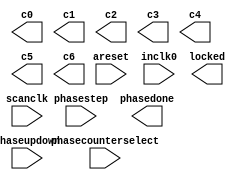
// megafunction wizard: %ALTPLL%VBB%
// GENERATION: STANDARD
// VERSION: WM1.0
// MODULE: altpll 

// ============================================================
// Megafunction Name(s):
// 			altpll
//
// Simulation Library Files(s):
// 			altera_mf
// ============================================================
// ************************************************************
// THIS IS A WIZARD-GENERATED FILE. DO NOT EDIT THIS FILE!
//
// 8.0 Build 215 05/29/2008 SJ Full Version
// ************************************************************

//Copyright (C) 1991-2008 Altera Corporation
//Your use of Altera Corporation's design tools, logic functions 
//and other software and tools, and its AMPP partner logic 
//functions, and any output files from any of the foregoing 
//(including device programming or simulation files), and any 
//associated documentation or information are expressly subject 
//to the terms and conditions of the Altera Program License 
//Subscription Agreement, Altera MegaCore Function License 
//Agreement, or other applicable license agreement, including, 
//without limitation, that your use is for the sole purpose of 
//programming logic devices manufactured by Altera and sold by 
//Altera or its authorized distributors.  Please refer to the 
//applicable agreement for further details.

module ddr2_24x64_8_phy_alt_mem_phy_pll_siii (
	areset,
	inclk0,
	phasecounterselect,
	phasestep,
	phaseupdown,
	scanclk,
	c0,
	c1,
	c2,
	c3,
	c4,
	c5,
	c6,
	locked,
	phasedone);

	input	  areset;
	input	  inclk0;
	input	[3:0]  phasecounterselect;
	input	  phasestep;
	input	  phaseupdown;
	input	  scanclk;
	output	  c0;
	output	  c1;
	output	  c2;
	output	  c3;
	output	  c4;
	output	  c5;
	output	  c6;
	output	  locked;
	output	  phasedone;

endmodule

// ============================================================
// CNX file retrieval info
// ============================================================
// Retrieval info: PRIVATE: ACTIVECLK_CHECK STRING "0"
// Retrieval info: PRIVATE: BANDWIDTH STRING "1.000"
// Retrieval info: PRIVATE: BANDWIDTH_FEATURE_ENABLED STRING "1"
// Retrieval info: PRIVATE: BANDWIDTH_FREQ_UNIT STRING "MHz"
// Retrieval info: PRIVATE: BANDWIDTH_PRESET STRING "Low"
// Retrieval info: PRIVATE: BANDWIDTH_USE_AUTO STRING "1"
// Retrieval info: PRIVATE: BANDWIDTH_USE_PRESET STRING "0"
// Retrieval info: PRIVATE: CLKBAD_SWITCHOVER_CHECK STRING "0"
// Retrieval info: PRIVATE: CLKLOSS_CHECK STRING "0"
// Retrieval info: PRIVATE: CLKSWITCH_CHECK STRING "0"
// Retrieval info: PRIVATE: CNX_NO_COMPENSATE_RADIO STRING "1"
// Retrieval info: PRIVATE: CREATE_CLKBAD_CHECK STRING "0"
// Retrieval info: PRIVATE: CREATE_INCLK1_CHECK STRING "0"
// Retrieval info: PRIVATE: CUR_DEDICATED_CLK STRING "c0"
// Retrieval info: PRIVATE: CUR_FBIN_CLK STRING "c0"
// Retrieval info: PRIVATE: DEVICE_SPEED_GRADE STRING "3"
// Retrieval info: PRIVATE: DIV_FACTOR0 NUMERIC "1"
// Retrieval info: PRIVATE: DIV_FACTOR1 NUMERIC "1"
// Retrieval info: PRIVATE: DIV_FACTOR2 NUMERIC "1"
// Retrieval info: PRIVATE: DIV_FACTOR3 NUMERIC "1"
// Retrieval info: PRIVATE: DIV_FACTOR4 NUMERIC "1"
// Retrieval info: PRIVATE: DIV_FACTOR5 NUMERIC "1"
// Retrieval info: PRIVATE: DIV_FACTOR6 NUMERIC "1"
// Retrieval info: PRIVATE: DUTY_CYCLE0 STRING "50.00000000"
// Retrieval info: PRIVATE: DUTY_CYCLE1 STRING "50.00000000"
// Retrieval info: PRIVATE: DUTY_CYCLE2 STRING "50.00000000"
// Retrieval info: PRIVATE: DUTY_CYCLE3 STRING "50.00000000"
// Retrieval info: PRIVATE: DUTY_CYCLE4 STRING "50.00000000"
// Retrieval info: PRIVATE: DUTY_CYCLE5 STRING "50.00000000"
// Retrieval info: PRIVATE: DUTY_CYCLE6 STRING "50.00000000"
// Retrieval info: PRIVATE: EXPLICIT_SWITCHOVER_COUNTER STRING "0"
// Retrieval info: PRIVATE: EXT_FEEDBACK_RADIO STRING "0"
// Retrieval info: PRIVATE: GLOCKED_COUNTER_EDIT_CHANGED STRING "1"
// Retrieval info: PRIVATE: GLOCKED_FEATURE_ENABLED STRING "0"
// Retrieval info: PRIVATE: GLOCKED_MODE_CHECK STRING "0"
// Retrieval info: PRIVATE: GLOCK_COUNTER_EDIT NUMERIC "1048575"
// Retrieval info: PRIVATE: HAS_MANUAL_SWITCHOVER STRING "1"
// Retrieval info: PRIVATE: INCLK0_FREQ_EDIT STRING "100.000"
// Retrieval info: PRIVATE: INCLK0_FREQ_UNIT_COMBO STRING "MHz"
// Retrieval info: PRIVATE: INCLK1_FREQ_EDIT STRING "100.000"
// Retrieval info: PRIVATE: INCLK1_FREQ_EDIT_CHANGED STRING "1"
// Retrieval info: PRIVATE: INCLK1_FREQ_UNIT_CHANGED STRING "1"
// Retrieval info: PRIVATE: INCLK1_FREQ_UNIT_COMBO STRING "MHz"
// Retrieval info: PRIVATE: INTENDED_DEVICE_FAMILY STRING "Stratix III"
// Retrieval info: PRIVATE: INT_FEEDBACK__MODE_RADIO STRING "1"
// Retrieval info: PRIVATE: LOCKED_OUTPUT_CHECK STRING "1"
// Retrieval info: PRIVATE: LONG_SCAN_RADIO STRING "1"
// Retrieval info: PRIVATE: LVDS_MODE_DATA_RATE STRING "305.000"
// Retrieval info: PRIVATE: LVDS_MODE_DATA_RATE_DIRTY NUMERIC "0"
// Retrieval info: PRIVATE: LVDS_PHASE_SHIFT_UNIT0 STRING "deg"
// Retrieval info: PRIVATE: LVDS_PHASE_SHIFT_UNIT1 STRING "deg"
// Retrieval info: PRIVATE: LVDS_PHASE_SHIFT_UNIT2 STRING "deg"
// Retrieval info: PRIVATE: LVDS_PHASE_SHIFT_UNIT3 STRING "deg"
// Retrieval info: PRIVATE: LVDS_PHASE_SHIFT_UNIT4 STRING "deg"
// Retrieval info: PRIVATE: LVDS_PHASE_SHIFT_UNIT5 STRING "deg"
// Retrieval info: PRIVATE: LVDS_PHASE_SHIFT_UNIT6 STRING "deg"
// Retrieval info: PRIVATE: MANUAL_PHASE_SHIFT_STEP_EDIT STRING "117.00000000"
// Retrieval info: PRIVATE: MANUAL_PHASE_SHIFT_STEP_UNIT STRING "ps"
// Retrieval info: PRIVATE: MIG_DEVICE_SPEED_GRADE STRING "Any"
// Retrieval info: PRIVATE: MULT_FACTOR0 NUMERIC "2"
// Retrieval info: PRIVATE: MULT_FACTOR1 NUMERIC "4"
// Retrieval info: PRIVATE: MULT_FACTOR2 NUMERIC "2"
// Retrieval info: PRIVATE: MULT_FACTOR3 NUMERIC "4"
// Retrieval info: PRIVATE: MULT_FACTOR4 NUMERIC "4"
// Retrieval info: PRIVATE: MULT_FACTOR5 NUMERIC "2"
// Retrieval info: PRIVATE: MULT_FACTOR6 NUMERIC "2"
// Retrieval info: PRIVATE: NORMAL_MODE_RADIO STRING "0"
// Retrieval info: PRIVATE: OUTPUT_FREQ0 STRING "133.33350000"
// Retrieval info: PRIVATE: OUTPUT_FREQ1 STRING "266.66700000"
// Retrieval info: PRIVATE: OUTPUT_FREQ2 STRING "133.33350000"
// Retrieval info: PRIVATE: OUTPUT_FREQ3 STRING "266.66700000"
// Retrieval info: PRIVATE: OUTPUT_FREQ4 STRING "266.66700000"
// Retrieval info: PRIVATE: OUTPUT_FREQ5 STRING "133.33350000"
// Retrieval info: PRIVATE: OUTPUT_FREQ6 STRING "133.33350000"
// Retrieval info: PRIVATE: OUTPUT_FREQ_MODE0 STRING "1"
// Retrieval info: PRIVATE: OUTPUT_FREQ_MODE1 STRING "1"
// Retrieval info: PRIVATE: OUTPUT_FREQ_MODE2 STRING "1"
// Retrieval info: PRIVATE: OUTPUT_FREQ_MODE3 STRING "1"
// Retrieval info: PRIVATE: OUTPUT_FREQ_MODE4 STRING "1"
// Retrieval info: PRIVATE: OUTPUT_FREQ_MODE5 STRING "1"
// Retrieval info: PRIVATE: OUTPUT_FREQ_MODE6 STRING "1"
// Retrieval info: PRIVATE: OUTPUT_FREQ_UNIT0 STRING "MHz"
// Retrieval info: PRIVATE: OUTPUT_FREQ_UNIT1 STRING "MHz"
// Retrieval info: PRIVATE: OUTPUT_FREQ_UNIT2 STRING "MHz"
// Retrieval info: PRIVATE: OUTPUT_FREQ_UNIT3 STRING "MHz"
// Retrieval info: PRIVATE: OUTPUT_FREQ_UNIT4 STRING "MHz"
// Retrieval info: PRIVATE: OUTPUT_FREQ_UNIT5 STRING "MHz"
// Retrieval info: PRIVATE: OUTPUT_FREQ_UNIT6 STRING "MHz"
// Retrieval info: PRIVATE: PHASE_RECONFIG_FEATURE_ENABLED STRING "1"
// Retrieval info: PRIVATE: PHASE_RECONFIG_INPUTS_CHECK STRING "1"
// Retrieval info: PRIVATE: PHASE_SHIFT0 STRING "30.00000000"
// Retrieval info: PRIVATE: PHASE_SHIFT1 STRING "0.00000000"
// Retrieval info: PRIVATE: PHASE_SHIFT2 STRING "0.00000000"
// Retrieval info: PRIVATE: PHASE_SHIFT3 STRING "-90.00000000"
// Retrieval info: PRIVATE: PHASE_SHIFT4 STRING "0.00000000"
// Retrieval info: PRIVATE: PHASE_SHIFT5 STRING "0.00000000"
// Retrieval info: PRIVATE: PHASE_SHIFT6 STRING "270.00000000"
// Retrieval info: PRIVATE: PHASE_SHIFT_STEP_ENABLED_CHECK STRING "1"
// Retrieval info: PRIVATE: PHASE_SHIFT_UNIT0 STRING "deg"
// Retrieval info: PRIVATE: PHASE_SHIFT_UNIT1 STRING "deg"
// Retrieval info: PRIVATE: PHASE_SHIFT_UNIT2 STRING "deg"
// Retrieval info: PRIVATE: PHASE_SHIFT_UNIT3 STRING "deg"
// Retrieval info: PRIVATE: PHASE_SHIFT_UNIT4 STRING "deg"
// Retrieval info: PRIVATE: PHASE_SHIFT_UNIT5 STRING "deg"
// Retrieval info: PRIVATE: PHASE_SHIFT_UNIT6 STRING "deg"
// Retrieval info: PRIVATE: PLL_ADVANCED_PARAM_CHECK STRING "0"
// Retrieval info: PRIVATE: PLL_ARESET_CHECK STRING "1"
// Retrieval info: PRIVATE: PLL_AUTOPLL_CHECK NUMERIC "1"
// Retrieval info: PRIVATE: PLL_ENHPLL_CHECK NUMERIC "0"
// Retrieval info: PRIVATE: PLL_FASTPLL_CHECK NUMERIC "0"
// Retrieval info: PRIVATE: PLL_FBMIMIC_CHECK STRING "0"
// Retrieval info: PRIVATE: PLL_LVDS_PLL_CHECK NUMERIC "0"
// Retrieval info: PRIVATE: PLL_PFDENA_CHECK STRING "0"
// Retrieval info: PRIVATE: PLL_TARGET_HARCOPY_CHECK NUMERIC "0"
// Retrieval info: PRIVATE: PRIMARY_CLK_COMBO STRING "inclk0"
// Retrieval info: PRIVATE: RECONFIG_FILE STRING "alt_mem_phy_pll_siii.mif"
// Retrieval info: PRIVATE: SACN_INPUTS_CHECK STRING "0"
// Retrieval info: PRIVATE: SCAN_FEATURE_ENABLED STRING "1"
// Retrieval info: PRIVATE: SELF_RESET_LOCK_LOSS STRING "0"
// Retrieval info: PRIVATE: SHORT_SCAN_RADIO STRING "0"
// Retrieval info: PRIVATE: SPREAD_FEATURE_ENABLED STRING "0"
// Retrieval info: PRIVATE: SPREAD_FREQ STRING "50.000"
// Retrieval info: PRIVATE: SPREAD_FREQ_UNIT STRING "KHz"
// Retrieval info: PRIVATE: SPREAD_PERCENT STRING "0.500"
// Retrieval info: PRIVATE: SPREAD_USE STRING "0"
// Retrieval info: PRIVATE: SRC_SYNCH_COMP_RADIO STRING "0"
// Retrieval info: PRIVATE: STICKY_CLK0 STRING "1"
// Retrieval info: PRIVATE: STICKY_CLK1 STRING "1"
// Retrieval info: PRIVATE: STICKY_CLK2 STRING "1"
// Retrieval info: PRIVATE: STICKY_CLK3 STRING "1"
// Retrieval info: PRIVATE: STICKY_CLK4 STRING "1"
// Retrieval info: PRIVATE: STICKY_CLK5 STRING "1"
// Retrieval info: PRIVATE: STICKY_CLK6 STRING "1"
// Retrieval info: PRIVATE: SWITCHOVER_COUNT_EDIT NUMERIC "1"
// Retrieval info: PRIVATE: SWITCHOVER_FEATURE_ENABLED STRING "1"
// Retrieval info: PRIVATE: SYNTH_WRAPPER_GEN_POSTFIX STRING "0"
// Retrieval info: PRIVATE: USE_CLK0 STRING "1"
// Retrieval info: PRIVATE: USE_CLK1 STRING "1"
// Retrieval info: PRIVATE: USE_CLK2 STRING "1"
// Retrieval info: PRIVATE: USE_CLK3 STRING "1"
// Retrieval info: PRIVATE: USE_CLK4 STRING "1"
// Retrieval info: PRIVATE: USE_CLK5 STRING "1"
// Retrieval info: PRIVATE: USE_CLK6 STRING "1"
// Retrieval info: PRIVATE: USE_MIL_SPEED_GRADE NUMERIC "0"
// Retrieval info: PRIVATE: ZERO_DELAY_RADIO STRING "0"
// Retrieval info: LIBRARY: altera_mf altera_mf.altera_mf_components.all
// Retrieval info: CONSTANT: BANDWIDTH_TYPE STRING "AUTO"
// Retrieval info: CONSTANT: CLK0_DIVIDE_BY NUMERIC "100000000"
// Retrieval info: CONSTANT: CLK0_DUTY_CYCLE NUMERIC "50"
// Retrieval info: CONSTANT: CLK0_MULTIPLY_BY NUMERIC "133333499"
// Retrieval info: CONSTANT: CLK0_PHASE_SHIFT STRING "625"
// Retrieval info: CONSTANT: CLK1_DIVIDE_BY NUMERIC "100000000"
// Retrieval info: CONSTANT: CLK1_DUTY_CYCLE NUMERIC "50"
// Retrieval info: CONSTANT: CLK1_MULTIPLY_BY NUMERIC "266666999"
// Retrieval info: CONSTANT: CLK1_PHASE_SHIFT STRING "0"
// Retrieval info: CONSTANT: CLK2_DIVIDE_BY NUMERIC "100000000"
// Retrieval info: CONSTANT: CLK2_DUTY_CYCLE NUMERIC "50"
// Retrieval info: CONSTANT: CLK2_MULTIPLY_BY NUMERIC "133333499"
// Retrieval info: CONSTANT: CLK2_PHASE_SHIFT STRING "0"
// Retrieval info: CONSTANT: CLK3_DIVIDE_BY NUMERIC "100000000"
// Retrieval info: CONSTANT: CLK3_DUTY_CYCLE NUMERIC "50"
// Retrieval info: CONSTANT: CLK3_MULTIPLY_BY NUMERIC "266666999"
// Retrieval info: CONSTANT: CLK3_PHASE_SHIFT STRING "-937"
// Retrieval info: CONSTANT: CLK4_DIVIDE_BY NUMERIC "100000000"
// Retrieval info: CONSTANT: CLK4_DUTY_CYCLE NUMERIC "50"
// Retrieval info: CONSTANT: CLK4_MULTIPLY_BY NUMERIC "266666999"
// Retrieval info: CONSTANT: CLK4_PHASE_SHIFT STRING "0"
// Retrieval info: CONSTANT: CLK5_DIVIDE_BY NUMERIC "100000000"
// Retrieval info: CONSTANT: CLK5_DUTY_CYCLE NUMERIC "50"
// Retrieval info: CONSTANT: CLK5_MULTIPLY_BY NUMERIC "133333499"
// Retrieval info: CONSTANT: CLK5_PHASE_SHIFT STRING "0"
// Retrieval info: CONSTANT: CLK6_DIVIDE_BY NUMERIC "100000000"
// Retrieval info: CONSTANT: CLK6_DUTY_CYCLE NUMERIC "50"
// Retrieval info: CONSTANT: CLK6_MULTIPLY_BY NUMERIC "133333499"
// Retrieval info: CONSTANT: CLK6_PHASE_SHIFT STRING "5625"
// Retrieval info: CONSTANT: INCLK0_INPUT_FREQUENCY NUMERIC "10000"
// Retrieval info: CONSTANT: INTENDED_DEVICE_FAMILY STRING "Stratix III"
// Retrieval info: CONSTANT: LPM_TYPE STRING "altpll"
// Retrieval info: CONSTANT: OPERATION_MODE STRING "NO_COMPENSATION"
// Retrieval info: CONSTANT: PLL_TYPE STRING "AUTO"
// Retrieval info: CONSTANT: PORT_ACTIVECLOCK STRING "PORT_UNUSED"
// Retrieval info: CONSTANT: PORT_ARESET STRING "PORT_USED"
// Retrieval info: CONSTANT: PORT_CLKBAD0 STRING "PORT_UNUSED"
// Retrieval info: CONSTANT: PORT_CLKBAD1 STRING "PORT_UNUSED"
// Retrieval info: CONSTANT: PORT_CLKLOSS STRING "PORT_UNUSED"
// Retrieval info: CONSTANT: PORT_CLKSWITCH STRING "PORT_UNUSED"
// Retrieval info: CONSTANT: PORT_CONFIGUPDATE STRING "PORT_UNUSED"
// Retrieval info: CONSTANT: PORT_FBIN STRING "PORT_UNUSED"
// Retrieval info: CONSTANT: PORT_FBOUT STRING "PORT_UNUSED"
// Retrieval info: CONSTANT: PORT_INCLK0 STRING "PORT_USED"
// Retrieval info: CONSTANT: PORT_INCLK1 STRING "PORT_UNUSED"
// Retrieval info: CONSTANT: PORT_LOCKED STRING "PORT_USED"
// Retrieval info: CONSTANT: PORT_PFDENA STRING "PORT_UNUSED"
// Retrieval info: CONSTANT: PORT_PHASECOUNTERSELECT STRING "PORT_USED"
// Retrieval info: CONSTANT: PORT_PHASEDONE STRING "PORT_USED"
// Retrieval info: CONSTANT: PORT_PHASESTEP STRING "PORT_USED"
// Retrieval info: CONSTANT: PORT_PHASEUPDOWN STRING "PORT_USED"
// Retrieval info: CONSTANT: PORT_PLLENA STRING "PORT_UNUSED"
// Retrieval info: CONSTANT: PORT_SCANACLR STRING "PORT_UNUSED"
// Retrieval info: CONSTANT: PORT_SCANCLK STRING "PORT_USED"
// Retrieval info: CONSTANT: PORT_SCANCLKENA STRING "PORT_UNUSED"
// Retrieval info: CONSTANT: PORT_SCANDATA STRING "PORT_UNUSED"
// Retrieval info: CONSTANT: PORT_SCANDATAOUT STRING "PORT_UNUSED"
// Retrieval info: CONSTANT: PORT_SCANDONE STRING "PORT_UNUSED"
// Retrieval info: CONSTANT: PORT_SCANREAD STRING "PORT_UNUSED"
// Retrieval info: CONSTANT: PORT_SCANWRITE STRING "PORT_UNUSED"
// Retrieval info: CONSTANT: PORT_clk0 STRING "PORT_USED"
// Retrieval info: CONSTANT: PORT_clk1 STRING "PORT_USED"
// Retrieval info: CONSTANT: PORT_clk2 STRING "PORT_USED"
// Retrieval info: CONSTANT: PORT_clk3 STRING "PORT_USED"
// Retrieval info: CONSTANT: PORT_clk4 STRING "PORT_USED"
// Retrieval info: CONSTANT: PORT_clk5 STRING "PORT_USED"
// Retrieval info: CONSTANT: PORT_clk6 STRING "PORT_USED"
// Retrieval info: CONSTANT: PORT_clk7 STRING "PORT_UNUSED"
// Retrieval info: CONSTANT: PORT_clk8 STRING "PORT_UNUSED"
// Retrieval info: CONSTANT: PORT_clk9 STRING "PORT_UNUSED"
// Retrieval info: CONSTANT: PORT_clkena0 STRING "PORT_UNUSED"
// Retrieval info: CONSTANT: PORT_clkena1 STRING "PORT_UNUSED"
// Retrieval info: CONSTANT: PORT_clkena2 STRING "PORT_UNUSED"
// Retrieval info: CONSTANT: PORT_clkena3 STRING "PORT_UNUSED"
// Retrieval info: CONSTANT: PORT_clkena4 STRING "PORT_UNUSED"
// Retrieval info: CONSTANT: PORT_clkena5 STRING "PORT_UNUSED"
// Retrieval info: CONSTANT: SELF_RESET_ON_LOSS_LOCK STRING "OFF"
// Retrieval info: CONSTANT: USING_FBMIMICBIDIR_PORT STRING "OFF"
// Retrieval info: CONSTANT: VCO_FREQUENCY_CONTROL STRING "MANUAL_PHASE"
// Retrieval info: CONSTANT: VCO_PHASE_SHIFT_STEP NUMERIC "117"
// Retrieval info: CONSTANT: WIDTH_CLOCK NUMERIC "10"
// Retrieval info: USED_PORT: @clk 0 0 10 0 OUTPUT_CLK_EXT VCC "@clk[9..0]"
// Retrieval info: USED_PORT: areset 0 0 0 0 INPUT GND "areset"
// Retrieval info: USED_PORT: c0 0 0 0 0 OUTPUT_CLK_EXT VCC "c0"
// Retrieval info: USED_PORT: c1 0 0 0 0 OUTPUT_CLK_EXT VCC "c1"
// Retrieval info: USED_PORT: c2 0 0 0 0 OUTPUT_CLK_EXT VCC "c2"
// Retrieval info: USED_PORT: c3 0 0 0 0 OUTPUT_CLK_EXT VCC "c3"
// Retrieval info: USED_PORT: c4 0 0 0 0 OUTPUT_CLK_EXT VCC "c4"
// Retrieval info: USED_PORT: c5 0 0 0 0 OUTPUT_CLK_EXT VCC "c5"
// Retrieval info: USED_PORT: c6 0 0 0 0 OUTPUT_CLK_EXT VCC "c6"
// Retrieval info: USED_PORT: inclk0 0 0 0 0 INPUT_CLK_EXT GND "inclk0"
// Retrieval info: USED_PORT: locked 0 0 0 0 OUTPUT GND "locked"
// Retrieval info: USED_PORT: phasecounterselect 0 0 4 0 INPUT GND "phasecounterselect[3..0]"
// Retrieval info: USED_PORT: phasedone 0 0 0 0 OUTPUT GND "phasedone"
// Retrieval info: USED_PORT: phasestep 0 0 0 0 INPUT GND "phasestep"
// Retrieval info: USED_PORT: phaseupdown 0 0 0 0 INPUT GND "phaseupdown"
// Retrieval info: USED_PORT: scanclk 0 0 0 0 INPUT_CLK_EXT VCC "scanclk"
// Retrieval info: CONNECT: phasedone 0 0 0 0 @phasedone 0 0 0 0
// Retrieval info: CONNECT: locked 0 0 0 0 @locked 0 0 0 0
// Retrieval info: CONNECT: @inclk 0 0 1 0 inclk0 0 0 0 0
// Retrieval info: CONNECT: c0 0 0 0 0 @clk 0 0 1 0
// Retrieval info: CONNECT: @phaseupdown 0 0 0 0 phaseupdown 0 0 0 0
// Retrieval info: CONNECT: @phasecounterselect 0 0 4 0 phasecounterselect 0 0 4 0
// Retrieval info: CONNECT: c1 0 0 0 0 @clk 0 0 1 1
// Retrieval info: CONNECT: c3 0 0 0 0 @clk 0 0 1 3
// Retrieval info: CONNECT: c2 0 0 0 0 @clk 0 0 1 2
// Retrieval info: CONNECT: c4 0 0 0 0 @clk 0 0 1 4
// Retrieval info: CONNECT: c6 0 0 0 0 @clk 0 0 1 6
// Retrieval info: CONNECT: c5 0 0 0 0 @clk 0 0 1 5
// Retrieval info: CONNECT: @inclk 0 0 1 1 GND 0 0 0 0
// Retrieval info: CONNECT: @scanclk 0 0 0 0 scanclk 0 0 0 0
// Retrieval info: CONNECT: @phasestep 0 0 0 0 phasestep 0 0 0 0
// Retrieval info: CONNECT: @areset 0 0 0 0 areset 0 0 0 0
// Retrieval info: GEN_FILE: TYPE_NORMAL ddr2_24x64_8_phy_alt_mem_phy_pll_siii.v TRUE FALSE
// Retrieval info: GEN_FILE: TYPE_NORMAL ddr2_24x64_8_phy_alt_mem_phy_pll_siii.ppf TRUE FALSE
// Retrieval info: GEN_FILE: TYPE_NORMAL ddr2_24x64_8_phy_alt_mem_phy_pll_siii.inc FALSE FALSE
// Retrieval info: GEN_FILE: TYPE_NORMAL ddr2_24x64_8_phy_alt_mem_phy_pll_siii.cmp FALSE FALSE
// Retrieval info: GEN_FILE: TYPE_NORMAL ddr2_24x64_8_phy_alt_mem_phy_pll_siii.bsf TRUE FALSE
// Retrieval info: GEN_FILE: TYPE_NORMAL ddr2_24x64_8_phy_alt_mem_phy_pll_siii_inst.v FALSE FALSE
// Retrieval info: GEN_FILE: TYPE_NORMAL ddr2_24x64_8_phy_alt_mem_phy_pll_siii_bb.v TRUE FALSE
// Retrieval info: GEN_FILE: TYPE_NORMAL ddr2_24x64_8_phy_alt_mem_phy_pll_siii_waveforms.html TRUE FALSE
// Retrieval info: GEN_FILE: TYPE_NORMAL ddr2_24x64_8_phy_alt_mem_phy_pll_siii_wave*.jpg FALSE FALSE
// Retrieval info: LIB_FILE: altera_mf